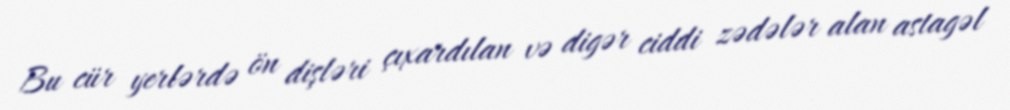
Bu cür yerlərdə ön dişləri çıxardılan və digər ciddi zədələr alan astagəl